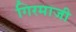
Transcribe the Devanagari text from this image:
गिरमाजी